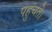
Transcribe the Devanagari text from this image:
पहुंचते।